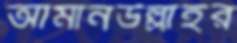
আমানউল্লাহর